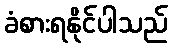
ခံစားရနိုင်ပါသည်